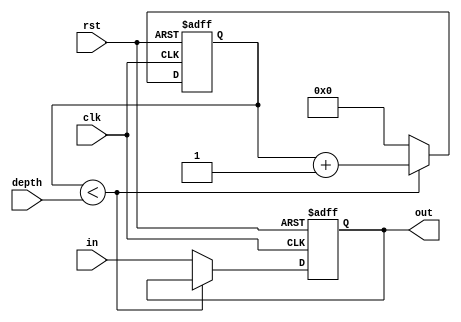
module variable_depth_bypass_register (
    input wire clk, // system clock signal
    input wire rst, // reset signal
    input wire [3:0] depth, // depth of bypass register
    input wire in, // input data
    output reg out // output data after bypassing clock cycles
);

reg [3:0] count; // counter to keep track of clock cycles

always @ (posedge clk or posedge rst) begin
    if (rst) begin
        count <= 0;
        out <= 0;
    end else begin
        if (count < depth) begin
            count <= count + 1;
        end else begin
            count <= 0;
            out <= in;
        end
    end
end

endmodule